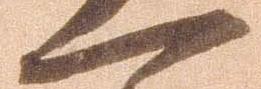
一